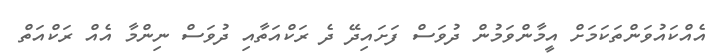
އެއްކައުވަންތަކަމަށް އީމާންވަމުން ދުވަސް ފަށައިދޭ ދެ ރަކްއަތާއި ދުވަސް ނިންމާ އެއް ރަކްއަތް